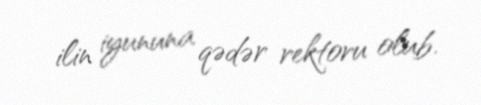
ilin iyununa qədər rektoru olub.